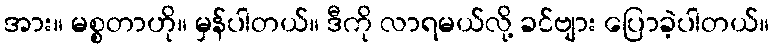
အား။ မစ္စတာဟို။ မှန်ပါတယ်။ ဒီကို လာရမယ်လို့ ခင်ဗျား ပြောခဲ့ပါတယ်။